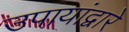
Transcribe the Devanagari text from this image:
उपायांद्वारे